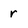
Character: r